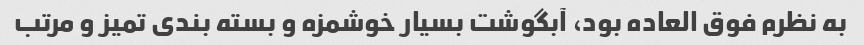
به نظرم فوق العاده بود، آبگوشت بسیار خوشمزه و بسته بندی تمیز و مرتب